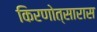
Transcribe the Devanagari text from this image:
किरणोत्सारास